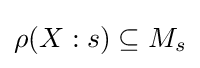
\rho (X:s)\subseteq M_{s}